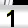
Digit: 1